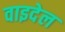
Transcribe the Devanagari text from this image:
वाइदेल